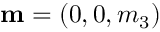
{ \bf m } = ( 0 , 0 , m _ { 3 } )